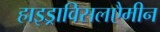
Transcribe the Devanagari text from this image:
हाइड्राविसलएैमीन